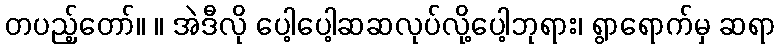
တပည့်တော်။ ။ အဲဒီလို ပေါ့ပေါ့ဆဆလုပ်လို့ပေါ့ဘုရား၊ ရွာရောက်မှ ဆရာ